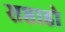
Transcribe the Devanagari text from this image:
सप्ताहो